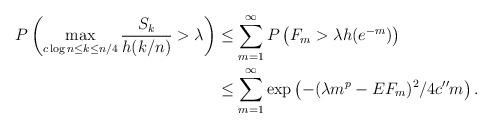
LaTeX: \begin{align*} P \left( \max_{ c \log n \le k \le n/4} \frac{S_k}{h(k/n)} > \lambda \right) & \le \sum_{m=1}^{\infty} P \left( F_m > \lambda h( e^{-m}) \right) \\ & \le \sum_{m=1}^{\infty} \exp \left( - (\lambda m^p - E F_m )^2/ 4 c'' m \right). \end{align*}